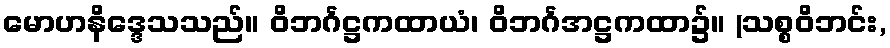
မောဟနိဒ္ဒေသသည်။ ဝိဘင်္ဂဋ္ဌကထာယံ၊ ဝိဘင်္ဂအဋ္ဌကထာ၌။ (သစ္စဝိဘင်း,